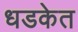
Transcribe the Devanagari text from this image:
धडकेत